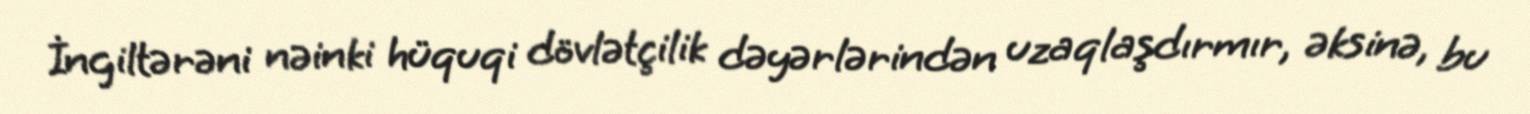
İngiltərəni nəinki hüquqi dövlətçilik dəyərlərindən uzaqlaşdırmır, əksinə, bu